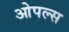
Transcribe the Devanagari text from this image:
ओपल्स